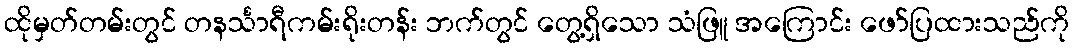
ထိုမှတ်တမ်းတွင် တနင်္သာရီကမ်းရိုးတန်း ဘက်တွင် တွေ့ရှိသော သံဖြူ အကြောင်း ဖော်ပြထားသည်ကို